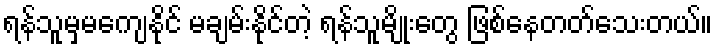
ရန်သူမှမကျေနိုင် မချမ်းနိုင်တဲ့ ရန်သူမျိုးတွေ ဖြစ်နေတတ်သေးတယ်။